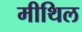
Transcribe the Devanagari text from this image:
मीथिल